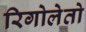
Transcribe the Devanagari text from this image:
रिगोलेतो